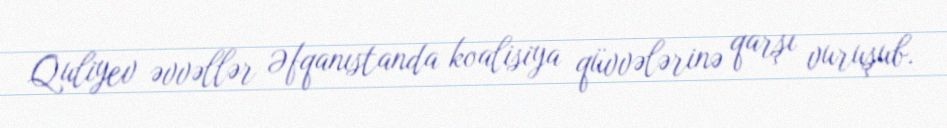
Quliyev əvvəllər Əfqanıstanda koalisiya qüvvələrinə qarşı vuruşub.